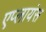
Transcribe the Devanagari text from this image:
एप्लायंस